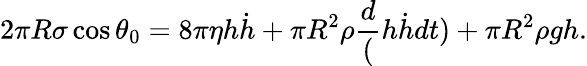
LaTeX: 2\pi R\sigma\cos\theta_{0}=8\pi\eta h\dot{h}+\pi R^{2}\rho\frac{d}(h\dot{h}{dt})+\pi R^{2}\rho gh.